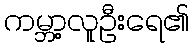
ကမ္ဘာ့လူဦးရေ၏